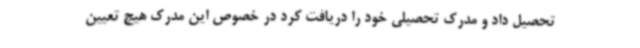
تحصیل داد و مدرک تحصیلی خود را دریافت کرد در خصوص این مدرک هیچ تعیین